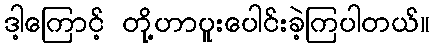
ဒါ့ကြောင့် တို့ဟာပူးပေါင်းခဲ့ကြပါတယ်။